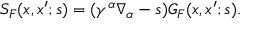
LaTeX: S _ { F } ( x , x ^ { \prime } ; s ) = ( \gamma ^ { \alpha } \nabla _ { \alpha } - s ) G _ { F } ( x , x ^ { \prime } ; s ) .